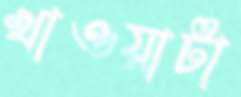
খাওয়াটা